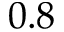
0 . 8